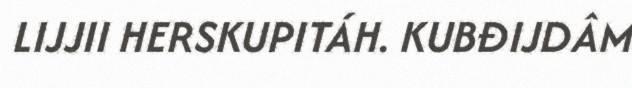
LIJJII HERSKUPITÁH. KUBĐIJDÂM